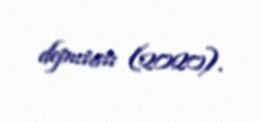
deputatı (2020).